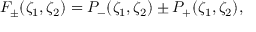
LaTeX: F _ { \pm } ( \zeta _ { 1 } , \zeta _ { 2 } ) = P _ { - } ( \zeta _ { 1 } , \zeta _ { 2 } ) \pm P _ { + } ( \zeta _ { 1 } , \zeta _ { 2 } ) ,